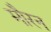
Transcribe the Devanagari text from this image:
मौरन